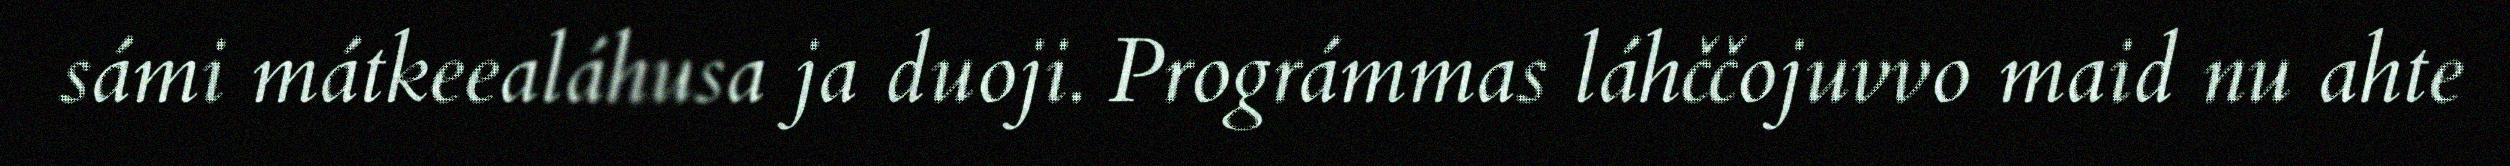
sámi mátkeealáhusa ja duoji. Prográmmas láhččojuvvo maid nu ahte